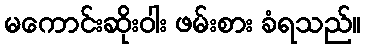
မကောင်းဆိုးဝါး ဖမ်းစား ခံရသည်။